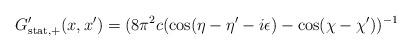
LaTeX: \begin{align*}G'_{\rm stat,+}(x,x') = (8\pi^2 c(\cos(\eta-\eta'-i\epsilon)-\cos (\chi-\chi'))^{-1}\end{align*}